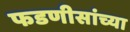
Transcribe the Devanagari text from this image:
फडणीसांच्या